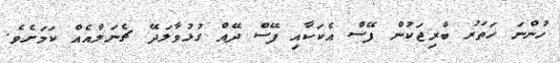
ހުންނަ ހަތަރު ބްރިޖަކުން ފޭސް އެކަކާއި ފޭސް ދޭއް ގުޅުވާލަދޭ ޗެނަލްއެއް ކަމަށެވެ.